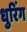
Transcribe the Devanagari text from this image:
धुरिंग